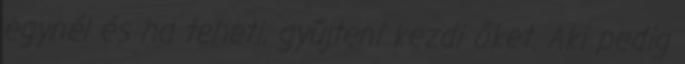
egynél és ha teheti, gyűjteni kezdi őket. Aki pedig